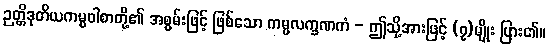
ဉတ္တိဒုတိယကမ္မဝါစာတို့၏ အစွမ်းဖြင့် ဖြစ်သော ကမ္မလက္ခဏကံ - ဤသို့အားဖြင့် (၇)မျိုး ပြား၏။